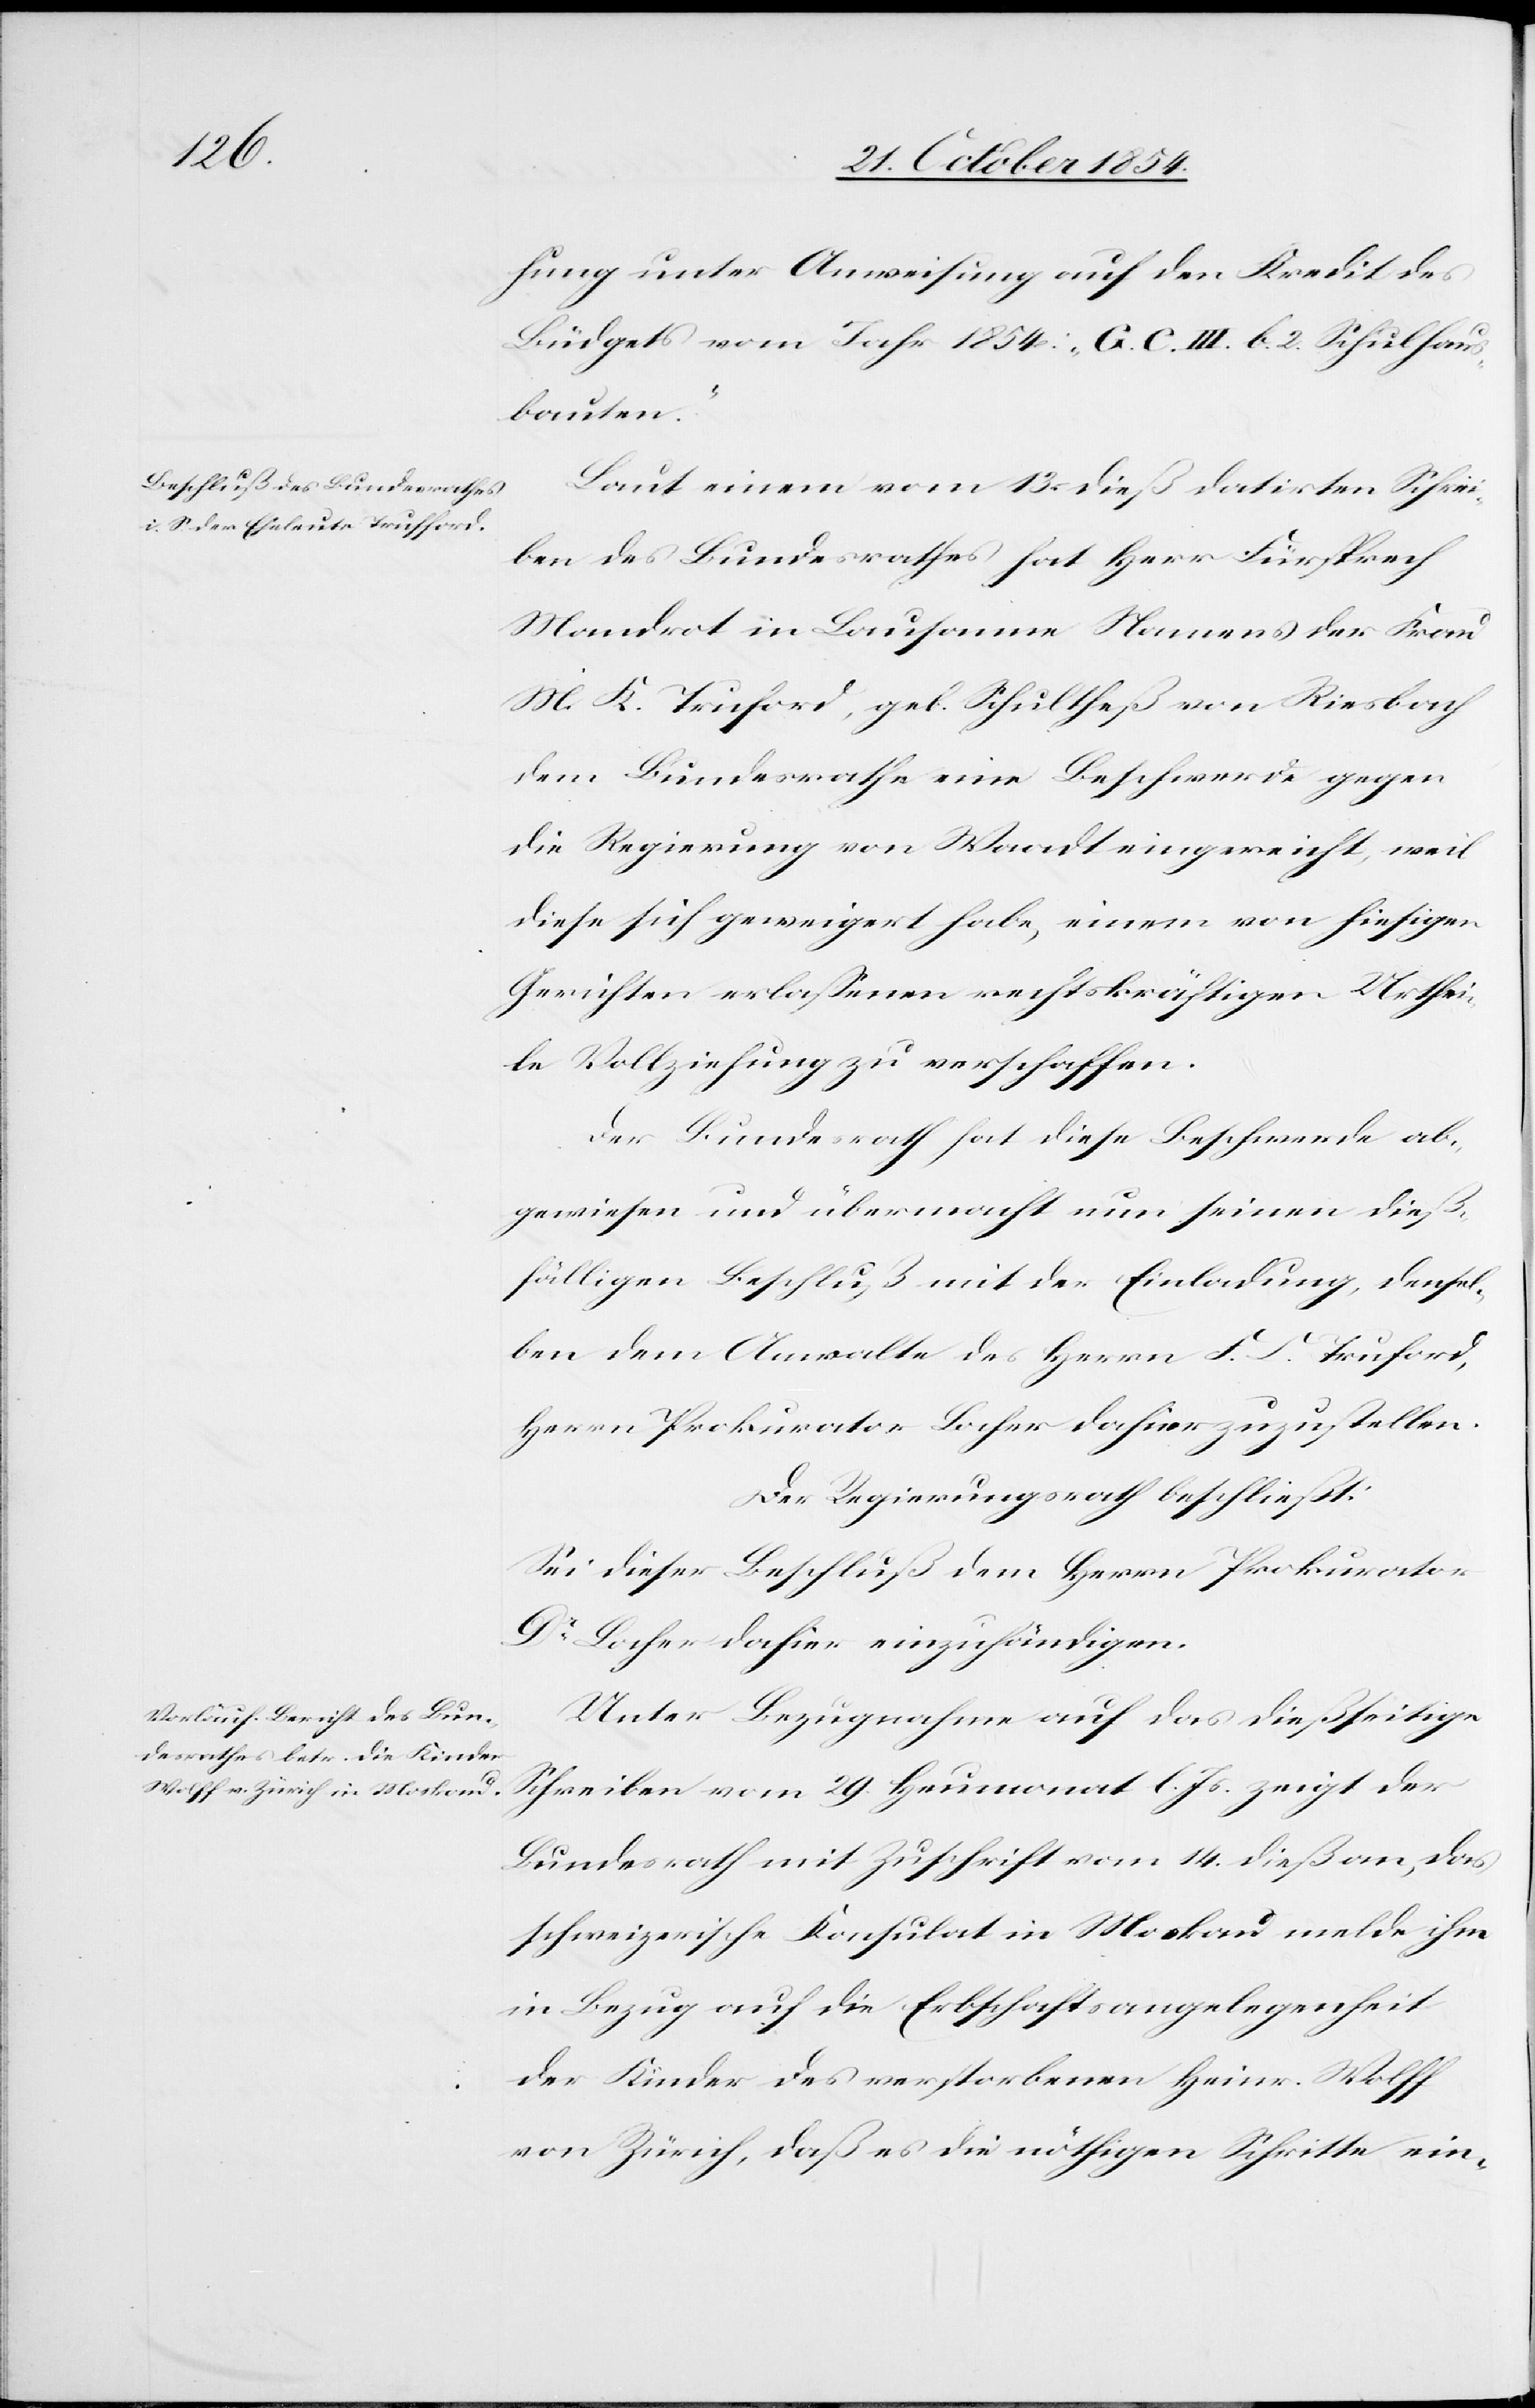
hung unter Anweisung auf den Kredit des
Büdgets vom Jahr 1854: „G. C. III. b. 2. Schulhaus¬
bauten.“
Laut einem vom 13. dieß datirten Schrei¬
ben des Bundesrathes hat Herr Fürsprech
Mandrot in Lausanne Namens der Frau
M. K. Truford [sic], geb. Schultheß von Riesbach
dem Bundesrathe eine Beschwerde gegen
die Regierung von Waadt eingereicht, weil
diese sich geweigert habe, einem von hiesigen
Gerichten erlaßenen rechtskräftigen Urthei¬
le Vollziehung zu verschaffen.
Der Bundesrath hat diese Beschwerde ab¬
gewiesen und übermacht nun seinen dieß¬
fälligen Beschluß mit der Einladung, densel¬
ben dem Anwalte des Herrn F. C. Truford,
Herrn Prokurator Locher dahier zuzustellen.
Der Regierungsrath beschließt:
Sei dieser Beschluß dem Herrn Prokurator
Dr Locher dahier einzuhändigen.
Unter Bezugnahme auf das dießseitige
Schreiben vom 29. Heumonat l. Js. zeigt der
Bundesrath mit Zuschrift vom 14. dieß an, das
schweizerische Konsulat in Moskau melde ihm
in Bezug auf die Erbschaftsangelegenheit
der Kinder des verstobenen Heinr. Wolff
von Zürich, daß es die nöthigen Schritte ein-